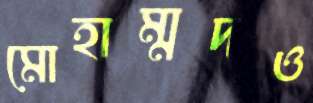
মোহাম্মদও